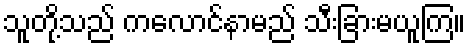
သူတို့သည် ကလောင်နာမည် သီးခြားမယူကြ။